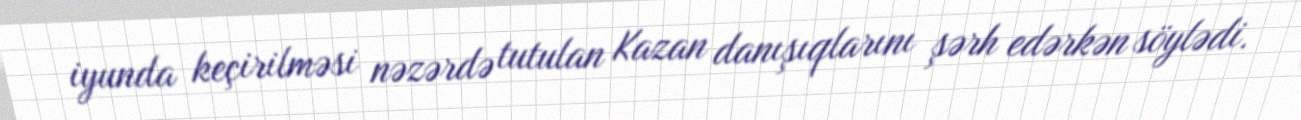
iyunda keçirilməsi nəzərdə tutulan Kazan danışıqlarını şərh edərkən söylədi.